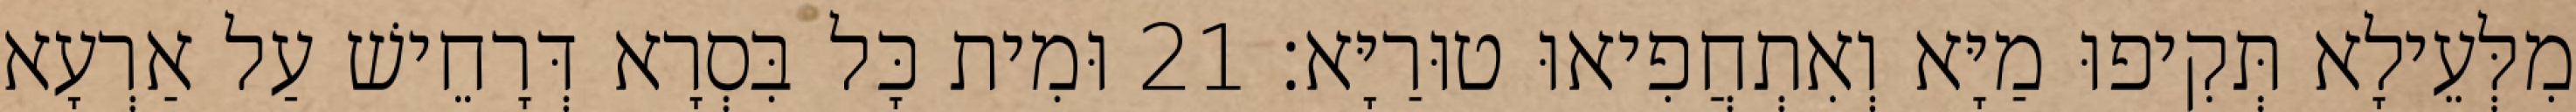
מִלְּעֵילָא תְּקִיפוּ מַיָּא וְאִתְחֲפִיאוּ טוּרַיָּא׃ 21 וּמִית כָּל בִּסְרָא דְּרָחֵישׁ עַל אַרְעָא